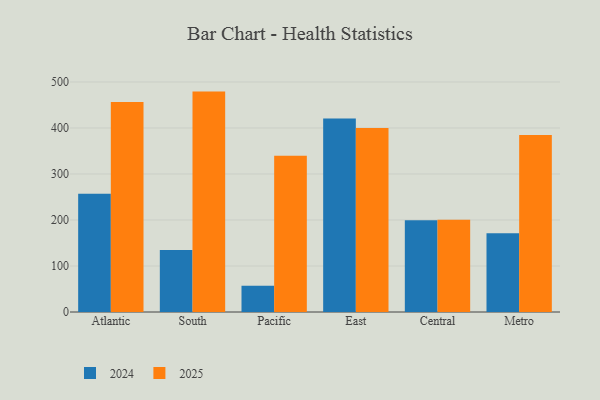
{"axis": {"x": "Region", "y": "Demand Index"}, "legend": ["2024", "2025"], "data": [{"x": "Atlantic", "y": 257.1, "type": "2024"}, {"x": "Atlantic", "y": 456.5, "type": "2025"}, {"x": "South", "y": 134.7, "type": "2024"}, {"x": "South", "y": 479.1, "type": "2025"}, {"x": "Pacific", "y": 57.0, "type": "2024"}, {"x": "Pacific", "y": 339.4, "type": "2025"}, {"x": "East", "y": 420.6, "type": "2024"}, {"x": "East", "y": 400.1, "type": "2025"}, {"x": "Central", "y": 199.7, "type": "2024"}, {"x": "Central", "y": 200.3, "type": "2025"}, {"x": "Metro", "y": 171.1, "type": "2024"}, {"x": "Metro", "y": 384.6, "type": "2025"}]}